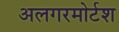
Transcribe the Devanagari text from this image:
अलगरमोर्टश